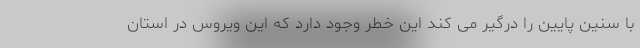
با سنین پایین را درگیر می کند این خطر وجود دارد که این ویروس در استان